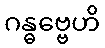
ဂန္ဓဗ္ဗေဟိ